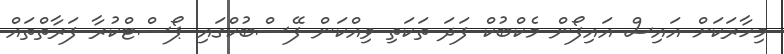
މިހާރަކަށް އައިސް އައިފޯން މެކްބުކް ފަދަ ތަކަތި ވިއްކަން ފޭސްބުކްގައި ޕޯސްޓްކުރާ ފަރާތްތައް